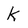
Character: K